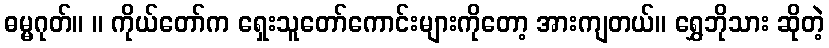
ဓမ္မဂုတ်။ ။ ကိုယ်တော်က ရှေးသူတော်ကောင်းများကိုတော့ အားကျတယ်။ ရွှေဘိုသား ဆိုတဲ့